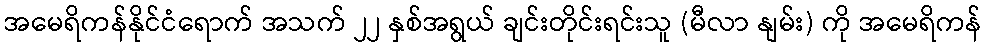
အမေရိကန်နိုင်ငံရောက် အသက် ၂၂ နှစ်အရွယ် ချင်းတိုင်းရင်းသူ (မီလာ နျမ်း) ကို အမေရိကန်